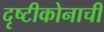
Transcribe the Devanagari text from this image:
दृष्टीकोनाची